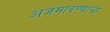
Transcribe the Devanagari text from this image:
अजमावण्याचा